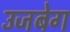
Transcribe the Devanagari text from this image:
उजबेग